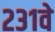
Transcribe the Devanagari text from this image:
२३१वे